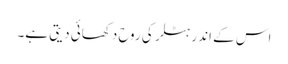
اس کے اندر ہٹلر کی روح دکھائی دیتی ہے۔